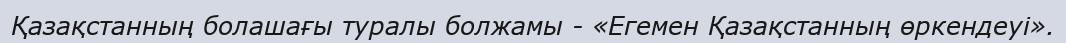
Қазақстанның болашағы туралы болжамы - «Егемен Қазақстанның өркендеуі».